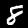
Digit: 8